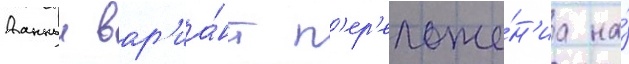
Данныи вар'иа́нт п'ер'еложе́н'иа на́